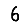
Digit: 6